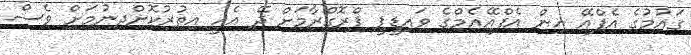
ގައުމުގެ އެފްއޭ އިން އެފްއޭއެމްގެ ވައިޑީޕީ ޕްރޮގްރާމަށް ދޭ އެހީ އިތުރުކޮށްދިނުމަށް ވެސް